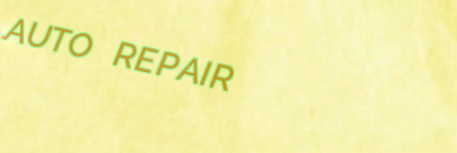
AUTO REPAIR